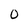
Character: 0